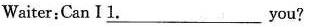
Waiter：Can I 1. \underline{1} You？